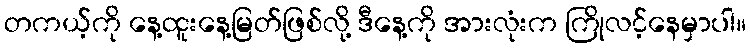
တကယ့်ကို နေ့ထူးနေ့မြတ်ဖြစ်လို့ ဒီနေ့ကို အားလုံးက ကြိုလင့်နေမှာပါ။